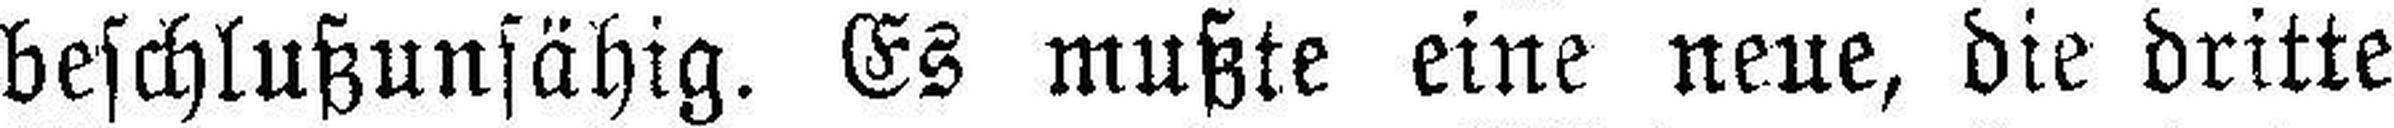
beschlußunfähig. Es mußte eine neue, die dritte